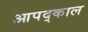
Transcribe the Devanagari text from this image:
आपद्काल